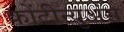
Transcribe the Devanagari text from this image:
कोंटीन्युअंस